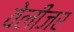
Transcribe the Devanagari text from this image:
वेलीजर